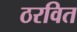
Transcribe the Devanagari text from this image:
ठरवित